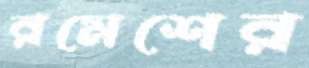
রমেশের